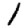
Digit: 1